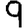
Digit: 9